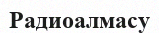
Радиоалмасу